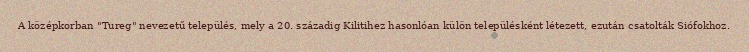
A középkorban "Tureg" nevezetű település, mely a 20. századig Kilitihez hasonlóan külön településként létezett, ezután csatolták Siófokhoz.